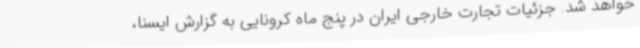
خواهد شد. جزئیات تجارت خارجی ایران در پنج ماه کرونایی به گزارش ایسنا،